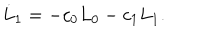
\dot { L } _ { 1 } = - c _ { 0 } L _ { 0 } - c _ { 1 } L _ { 1 } .